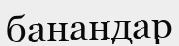
банандар